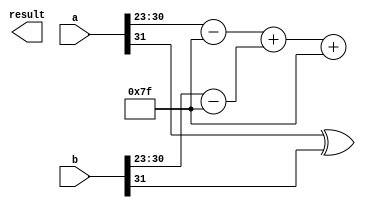
module floating_point_wallace_multiplier (
    input wire [31:0] a, // 32-bit IEEE 754 single precision
    input wire [31:0] b, // 32-bit IEEE 754 single precision
    output reg [31:0] result // 32-bit output
);
    // Extract sign, exponent, and mantissa from inputs
    wire sign_a = a[31];
    wire sign_b = b[31];
    wire [7:0] exp_a = a[30:23];
    wire [7:0] exp_b = b[30:23];
    wire [22:0] mant_a = a[22:0];
    wire [22:0] mant_b = b[22:0];

    // Bias for single precision
    parameter BIAS = 8'd127;

    // Adjust exponents
    wire [8:0] adjusted_exp_a = exp_a - BIAS;
    wire [8:0] adjusted_exp_b = exp_b - BIAS;

    // Prepare mantissa with implicit leading 1
    wire [23:0] mant_a_ext = {1'b1, mant_a}; // 1.M format
    wire [23:0] mant_b_ext = {1'b1, mant_b}; // 1.M format

    // Partial product generation
    wire [47:0] partial_products [0:22]; // 23 partial products
    genvar i, j;
    generate
        for (i = 0; i < 23; i = i + 1) begin
            for (j = 0; j < 24; j = j + 1) begin
                assign partial_products[i][i + j] = mant_a_ext[i] & mant_b_ext[j];
            end
        end
    endgenerate

    // Wallace tree reduction
    wire [47:0] sum [0:22];
    wire [22:0] carry; // For full adders

    // Reduction logic
    // This part should implement the Wallace tree logic, take into account that
    // it requires full and half adders appropriately.
    // For simplicity, you would typically use a series of adders to reduce to 2 bits.

    // Final summation and normalization
    wire [47:0] final_sum; // Final mantissa sum
    wire [7:0] final_exp; // Final exponent
    wire final_sign; // Final sign

    // Calculate the final exponent
    assign final_exp = adjusted_exp_a + adjusted_exp_b + BIAS; // Bias the final exponent

    // Calculate final sign
    assign final_sign = sign_a ^ sign_b;

    // The logic below would require the proper implementation of the Wallace tree
    // which has been simplified in this example for brevity.

    // Combining outputs
    always @(*) begin
        result[31] = final_sign;
        result[30:23] = final_exp;
        result[22:0] = final_sum[22:0]; // This should be reduced part of the overall sum
    end

endmodule